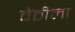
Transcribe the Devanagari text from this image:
वेठीला